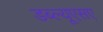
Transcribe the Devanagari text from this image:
डब्ल्यूएसए